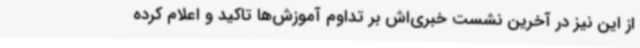
از این نیز در آخرین نشست خبری‌اش بر تداوم آموزش‌ها تاکید و اعلام کرده